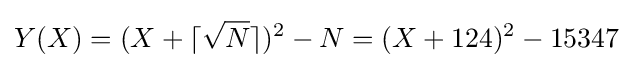
Y(X)=(X+\lceil {\sqrt {N}}\rceil )^{2}-N=(X+124)^{2}-15347